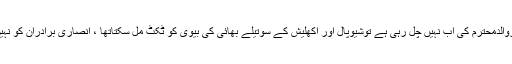
اگروالدمحترم کی اب نہیں چل رہی ہے توشیوپال اور اکھلیش کے سوتیلے بھائی کی بیوی کو ٹکٹ مل سکتاتھا ، انصاری برادران کو نہیں ۔